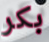
بكر